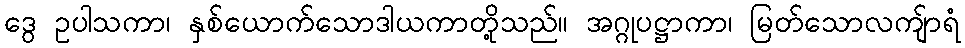
ဒွေ ဥပါသကာ၊ နှစ်ယောက်သောဒါယကာတို့သည်။ အဂ္ဂုပဋ္ဌာကာ၊ မြတ်သောလကျ်ာရံ